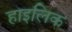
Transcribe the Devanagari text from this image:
हाइलिक